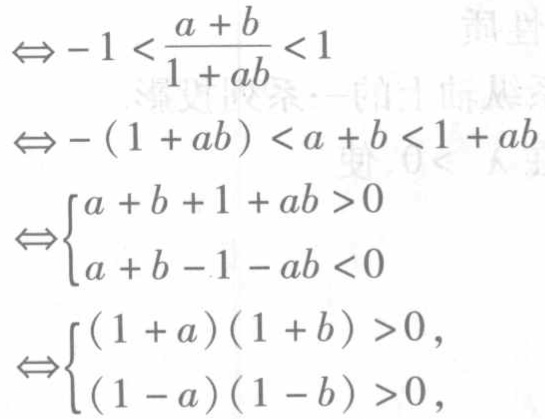
\[
\begin{align*}
&\Leftrightarrow - 1<\frac{a + b}{1 + ab}<1\\
&\Leftrightarrow-(1 + ab)<a + b<1 + ab\\
&\Leftrightarrow\begin{cases}
a + b+1 + ab>0\\
a + b - 1 - ab<0
\end{cases}\\
&\Leftrightarrow\begin{cases}
(1 + a)(1 + b)>0,\\
(1 - a)(1 - b)>0,
\end{cases}
\end{align*}
\]